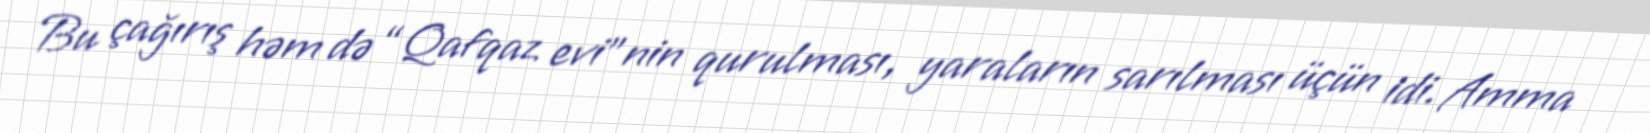
Bu çağırış həm də “Qafqaz evi”nin qurulması, yaraların sarılması üçün idi. Amma